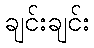
ချင်းချင်း